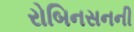
રોબિનસનની